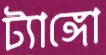
ট্যাঙ্গো